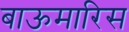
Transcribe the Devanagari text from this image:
बाऊमारिस